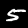
Digit: 5